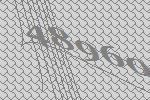
48960